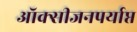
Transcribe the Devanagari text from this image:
ऑक्सीजनपर्याप्त